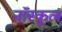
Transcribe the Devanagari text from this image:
नॉरकूल